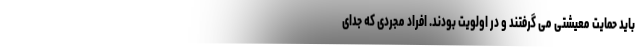
باید حمایت معیشتی می گرفتند و در اولویت بودند. افراد مجردی که جدای